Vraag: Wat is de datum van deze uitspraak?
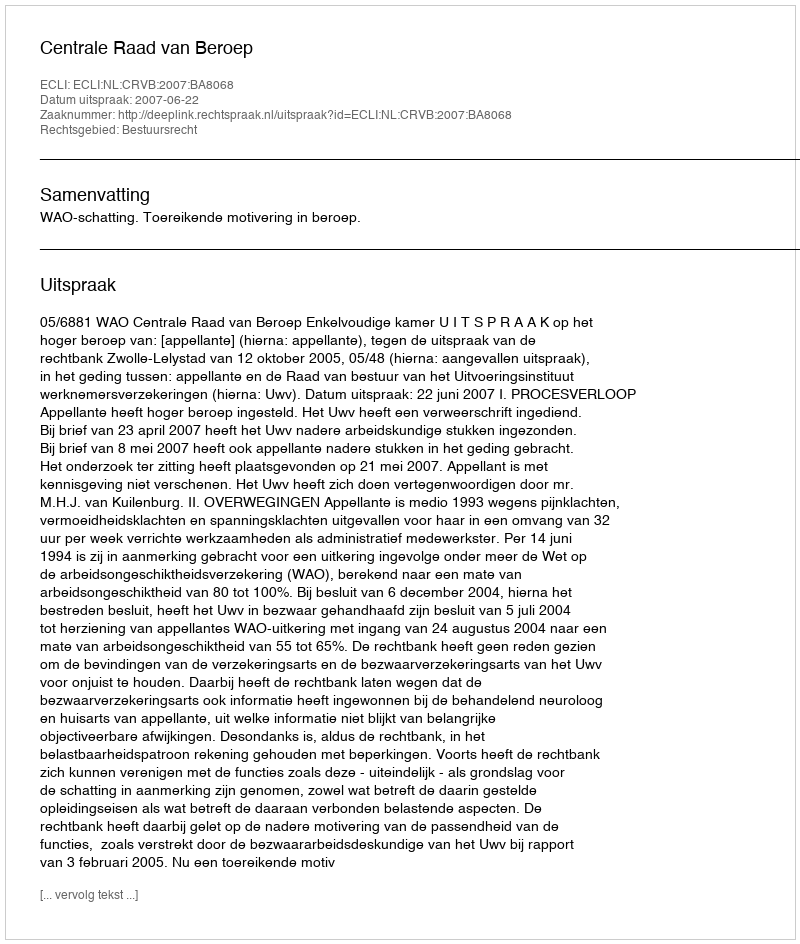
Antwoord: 2007-06-22